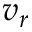
v _ { r }